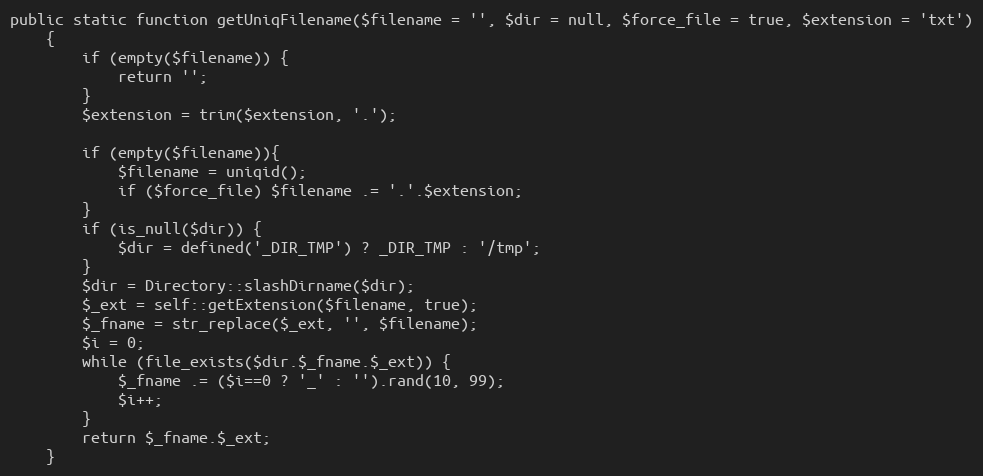
Language: PHP
public static function getUniqFilename($filename = '', $dir = null, $force_file = true, $extension = 'txt')
    {
        if (empty($filename)) {
            return '';
        }
        $extension = trim($extension, '.');

        if (empty($filename)){
            $filename = uniqid();
            if ($force_file) $filename .= '.'.$extension;
        }
        if (is_null($dir)) {
            $dir = defined('_DIR_TMP') ? _DIR_TMP : '/tmp';
        }
        $dir = Directory::slashDirname($dir);
        $_ext = self::getExtension($filename, true);
        $_fname = str_replace($_ext, '', $filename);
        $i = 0;
        while (file_exists($dir.$_fname.$_ext)) {
            $_fname .= ($i==0 ? '_' : '').rand(10, 99);
            $i++;
        }
        return $_fname.$_ext;
    }